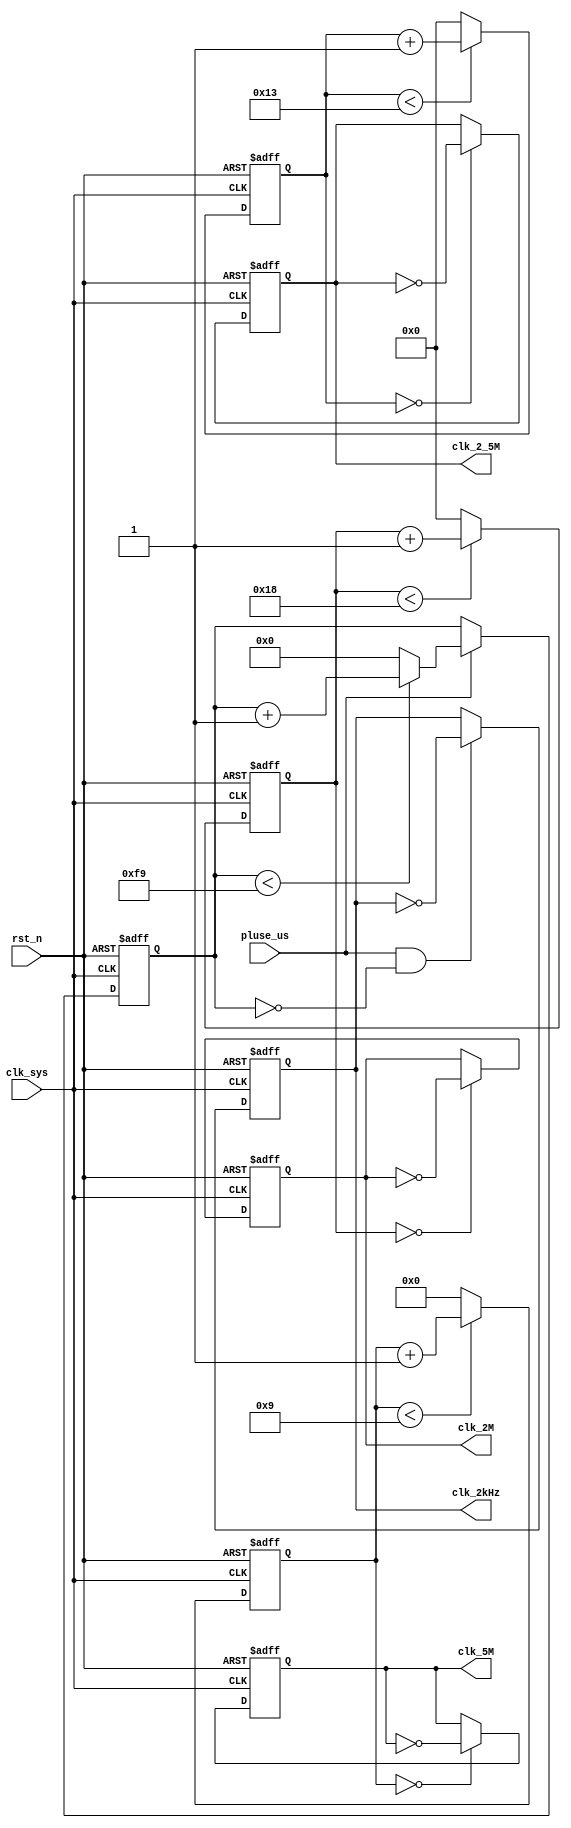
//ad_sample.v
//ad_sample.v

module ad_clk_gen(
//adc clk
clk_5M,
clk_2_5M, //2.5MHz
clk_2M,
clk_2kHz,
//clk rst
clk_sys,
pluse_us,
rst_n
);

output clk_5M;
output clk_2_5M;
output clk_2M;
output clk_2kHz;
//clk rst
input clk_sys;
input pluse_us;
input rst_n;
//--------------------------------------------------
//--------------------------------------------------
reg [15:0]cnt_250us; 
reg [7:0]  cnt_400ns;
reg [7:0]  cnt_250ns;
reg [3:0] cnt_100ns;
wire pluse_us;	




always @(posedge clk_sys or negedge rst_n)	
begin	
	if(~rst_n)
		cnt_100ns <= 4'd0;
	else 
	begin
	   if(cnt_100ns < 4'd9)
			cnt_100ns <= cnt_100ns + 4'd1;
		else
			cnt_100ns <= 4'd0;
	end
end

	
always @(posedge clk_sys or negedge rst_n)	
begin	
	if(~rst_n)
		cnt_250us <= 16'd0;
	else if(pluse_us)
	begin
	   if(cnt_250us < 16'd249)
			cnt_250us <= cnt_250us + 16'd1;
		else
			cnt_250us <= 16'd0;
	end
end


always @(posedge clk_sys or negedge rst_n)	
begin	
	if(~rst_n)
		cnt_250ns <= 8'd0;
	else if(cnt_250ns < 8'd24)
			cnt_250ns <= cnt_250ns + 8'd1;
	else
			cnt_250ns <= 8'd0;
end

always @(posedge clk_sys or negedge rst_n)	
begin	
	if(~rst_n)
		cnt_400ns <= 8'd0;
	else if(cnt_400ns < 8'd19)
			cnt_400ns <= cnt_400ns + 8'd1;
	else
			cnt_400ns <= 8'd0;
end

reg clk_5M;
always @(posedge clk_sys or negedge rst_n)	begin
	if(~rst_n)
		clk_5M <= 1'b0;
	else if(cnt_100ns == 8'd0)
   	clk_5M <= ~clk_5M;
	else ;
end

//assign clk_2M = clk_2097152Hz;

reg clk_2M;
always @(posedge clk_sys or negedge rst_n)	begin
	if(~rst_n)
		clk_2M <= 1'b0;
	else if(cnt_250ns == 8'd0)
   	clk_2M <= ~clk_2M;
	else ;
end

reg clk_2_5M;
always @(posedge clk_sys or negedge rst_n)	begin
	if(~rst_n)
		clk_2_5M <= 1'b0;
	else if(cnt_400ns == 8'd0)
   	clk_2_5M <= ~clk_2_5M;
	else ;
end
		
reg clk_2kHz_reg;
always @(posedge clk_sys or negedge rst_n)	begin
	if(~rst_n)
		clk_2kHz_reg <= 1'b0;
	else if((pluse_us)&&(cnt_250us == 16'd0))
		clk_2kHz_reg <= ~clk_2kHz_reg;
	else ;
end


//assign ad_clk     = clk_2_5M;
assign clk_2kHz = clk_2kHz_reg;

endmodule